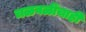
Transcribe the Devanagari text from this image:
चळवळींचाही